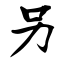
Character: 另